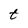
Character: t